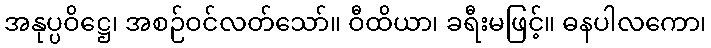
အနုပ္ပဝိဋ္ဌေ၊ အစဉ်ဝင်လတ်သော်။ ဝီထိယာ၊ ခရီးမဖြင့်။ ဓနပါလကော၊